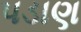
પડાણ